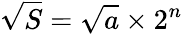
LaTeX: {\sqrt{S}}={\sqrt{a}}\times 2^{n}